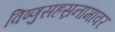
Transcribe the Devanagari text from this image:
विष्णुसहस्रनामावर